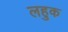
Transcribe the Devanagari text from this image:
लहुक